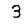
Digit: 3